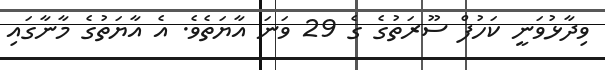
ވިދާޅުވަނީ ކަހުފް ސޫރަތުގެ ގެ 29 ވަނަ އާޔަތެވެ. އެ އާޔަތުގެ މާނާގައި